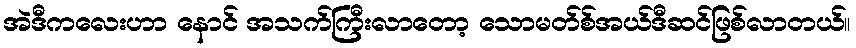
အဲဒီကလေးဟာ နောင် အသက်ကြီးလာတော့ သောမတ်စ်အယ်ဒီဆင်ဖြစ်လာတယ်။